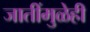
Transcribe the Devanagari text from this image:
जातींमुळेही